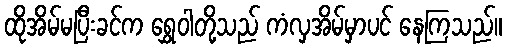
ထိုအိမ်မပြီးခင်က ရွှေဝါတို့သည် ကံလှအိမ်မှာပင် နေကြသည်။